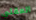
المقلي